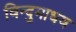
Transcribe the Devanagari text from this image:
विन्दुमाधव